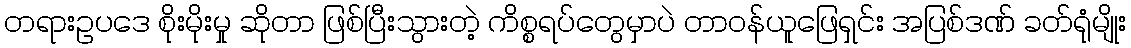
တရားဥပဒေ စိုးမိုးမှု ဆိုတာ ဖြစ်ပြီးသွားတဲ့ ကိစ္စရပ်တွေမှာပဲ တာဝန်ယူဖြေရှင်း အပြစ်ဒဏ် ခတ်ရုံမျိုး